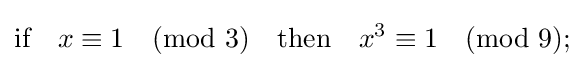
{\text{if}}\quad x\equiv 1{\pmod {3}}\quad {\text{then}}\quad x^{3}\equiv 1{\pmod {9}};